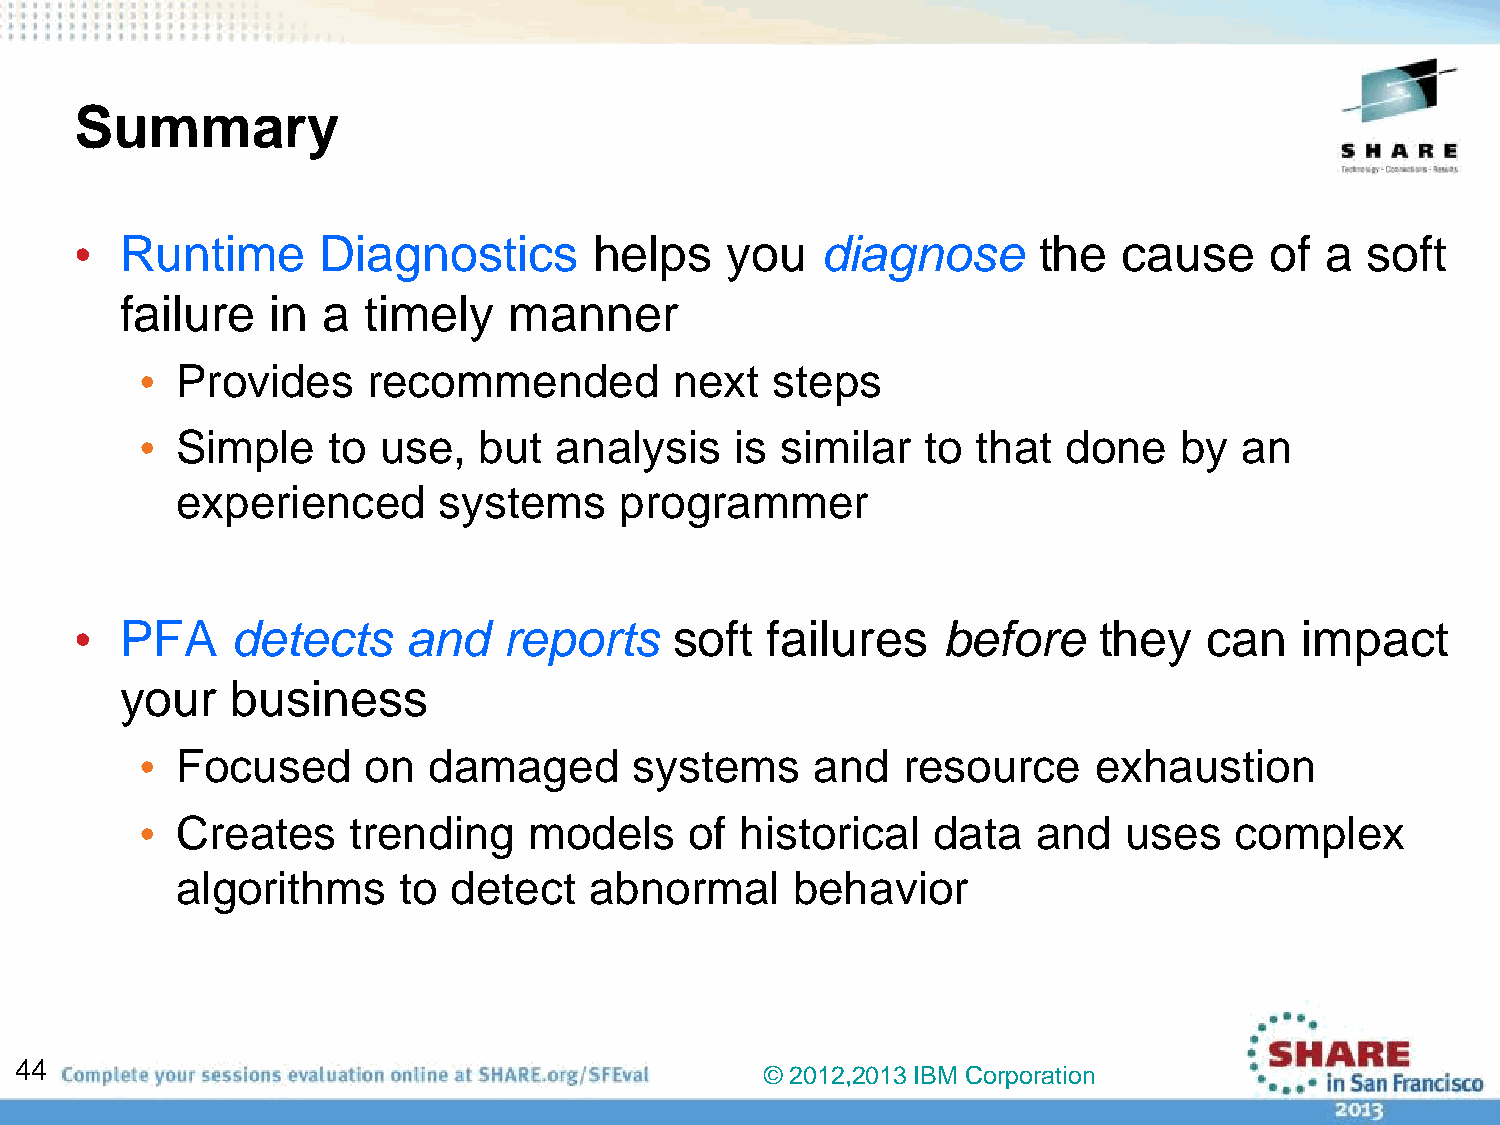
Summary
 •  Runtime      Diagnostics       helps    you   diagnose       the  cause     of  a soft
 failure   in a  timely    manner
 •  Provides    recommended          next  steps
 •  Simple    to use,   but  analysis    is similar  to  that  done   by  an
 experienced      systems     programmer
 •  PFA    detects     and   reports     soft  failures   before     they   can   impact
 your   business
 •  Focused     on  damaged       systems     and   resource    exhaustion
 •  Creates    trending    models     of historical   data   and  uses    complex
 algorithms    to  detect   abnormal     behavior
 44
 © 2012,2013 IBM Corporation